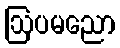
ဩပမညော